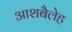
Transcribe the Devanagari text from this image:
आशबैलेह